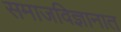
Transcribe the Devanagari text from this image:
समाजविज्ञानात